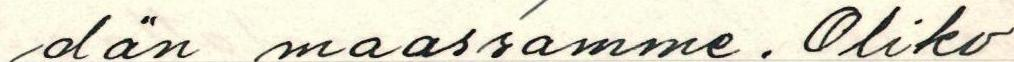
dän maassamme. Oliko